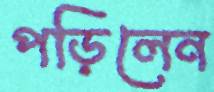
পড়িলেন